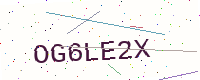
Text: OG6LE2X